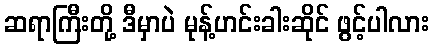
ဆရာကြီးတို့ ဒီမှာပဲ မုန့်ဟင်းခါးဆိုင် ဖွင့်ပါလား